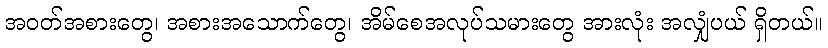
အဝတ်အစားတွေ၊ အစားအသောက်တွေ၊ အိမ်စေအလုပ်သမားတွေ အားလုံး အလျှံပယ် ရှိတယ်။